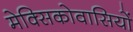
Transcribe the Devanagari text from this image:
मेक्सिकोवासियों